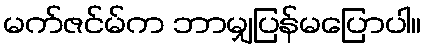
မက်ဇင်မ်က ဘာမျှပြန်မပြောပါ။